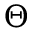
\Theta